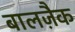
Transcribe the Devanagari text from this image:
बालज़ैक